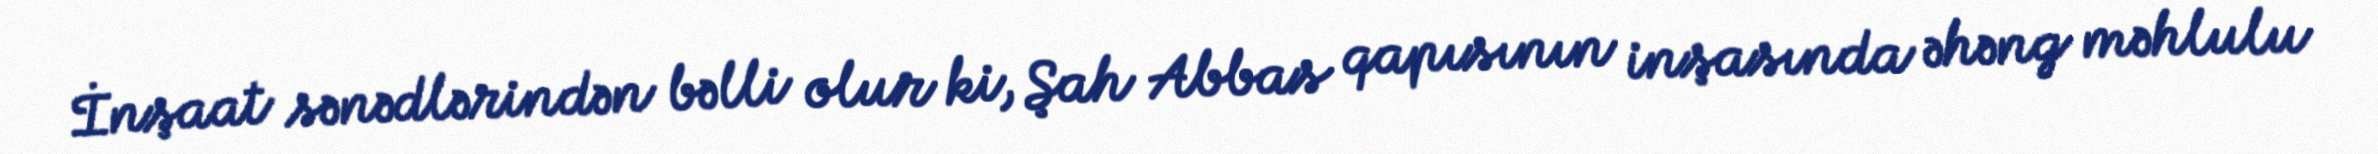
İnşaat sənədlərindən bəlli olur ki, Şah Abbas qapısının inşasında əhəng məhlulu